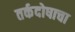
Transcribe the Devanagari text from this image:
तर्कदोषाचा